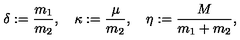
\delta : = \frac { m _ { 1 } } { m _ { 2 } } , \quad \kappa : = \frac { \mu } { m _ { 2 } } , \quad \eta : = \frac { M } { m _ { 1 } + m _ { 2 } } ,